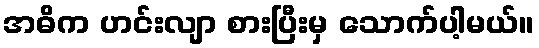
အဓိက ဟင်းလျာ စားပြီးမှ သောက်ပါ့မယ်။